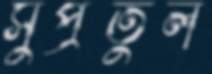
সুপ্রতুল